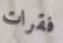
فقرات